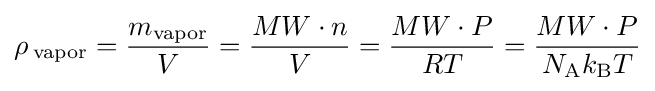
\rho \,_{\rm {vapor}}={\frac {m_{\rm {vapor}}}{V}}={\frac {MW\cdot n}{V}}={\frac {MW\cdot P}{RT}}={\frac {MW\cdot P}{N_{\rm {A}}k_{\rm {B}}T}}